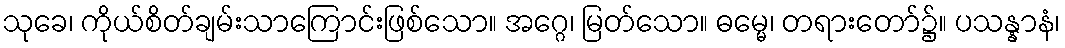
သုခေ၊ ကိုယ်စိတ်ချမ်းသာကြောင်းဖြစ်သော။ အဂ္ဂေ၊ မြတ်သော။ ဓမ္မေ၊ တရားတော်၌။ ပသန္နာနံ၊